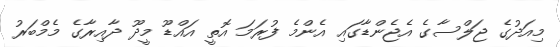
މިއަދުގެ ޖަލްސާގެ އެޖެންޑާގައި އެންމެ ފުރަމަ އޮތީ އައްޑޫ މީދޫ ދާއިރާގެ މެމްބަރު